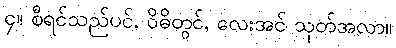
၄။ စီရင်သည်ပင်, ဝိဓိတွင်, လေးအင် သုတ်အလာ။